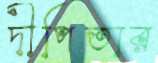
দীপিতার